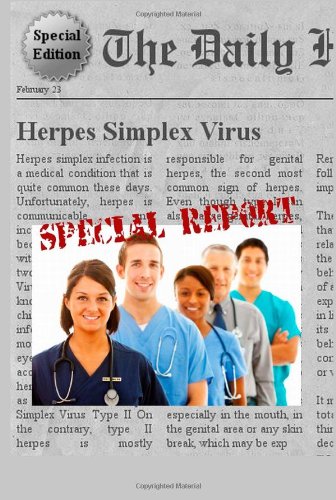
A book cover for Herpes Simplex Virus: Everything You Need to Know About Herpes; Kristine Ybanez; Health, Fitness & Dieting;